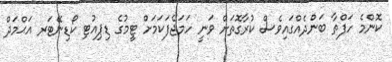
ކޮންމެ ހަފްތާ ބަންދެއްގައިވެސް ކުރާގޮތަށް ވަނީ ހަމަޖެފަކަމަށް ޓީމުގެ ޑިޕިއުޓި ކޯޑިނޭޓަރ އަޙްމަދް